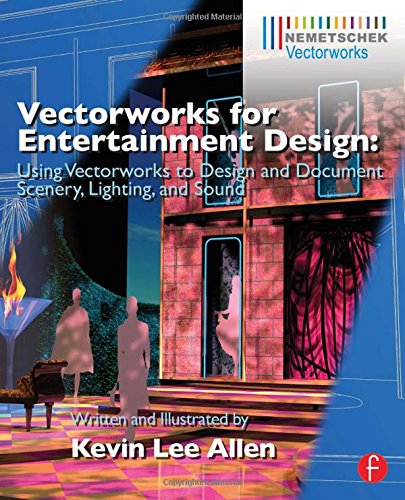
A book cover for Vectorworks for Entertainment Design: Using Vectorworks to Design and Document Scenery, Lighting, and Sound; Kevin Lee Allen; Science & Math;